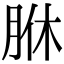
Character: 䏫